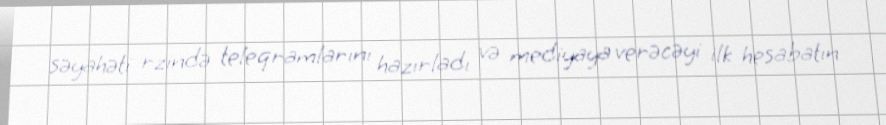
səyahəti rzində teleqramlarını hazırladı və mediyaya verəcəyi ilk hesabatın